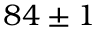
~ 8 4 \pm 1